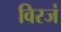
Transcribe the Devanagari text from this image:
विरजं